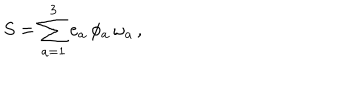
S = \sum _ { a = 1 } ^ { 3 } e _ { a } \, \phi _ { a } \, \omega _ { a } \, ,